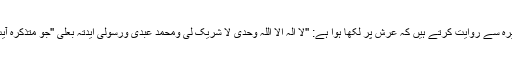
ابن عساکر ابوہریرہ سے روایت کرتے ہیں کہ عرش پر لکھا ہوا ہے: ''لا الٰہ الا اللہ وحدی لا شریک لی ومحمد عبدی ورسولی ایّدتہ بعلی ''جو متذکرہ آیت کا مطلب ہے ۔